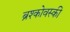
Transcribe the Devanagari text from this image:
ब्रश्कोवस्की